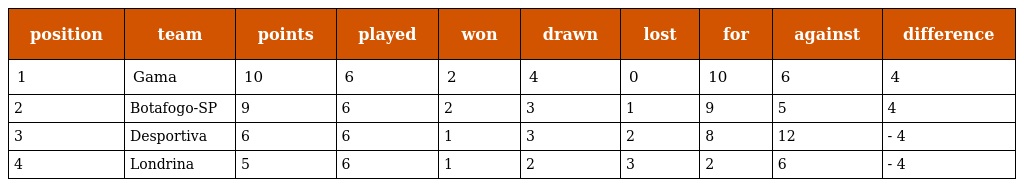
| position | team | points | played | won | drawn | lost | for | against | difference |
 | --- | --- | --- | --- | --- | --- | --- | --- | --- | --- |
 | 1 | Gama | 10 | 6 | 2 | 4 | 0 | 10 | 6 | 4 |
 | 2 | Botafogo-SP | 9 | 6 | 2 | 3 | 1 | 9 | 5 | 4 |
 | 3 | Desportiva | 6 | 6 | 1 | 3 | 2 | 8 | 12 | - 4 |
 | 4 | Londrina | 5 | 6 | 1 | 2 | 3 | 2 | 6 | - 4 |